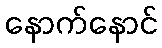
နောက်နောင်